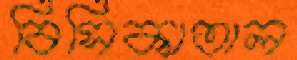
বিসিকাতাল